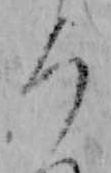
ろ